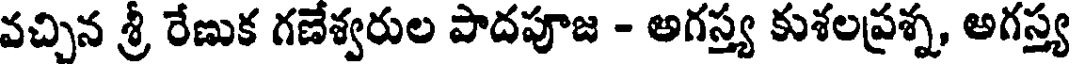
వచ్చిన శ్రీ రేణుక గణేశ్వరుల పాదపూజ - అగస్త్య కుశలప్రశ్న, అగస్త్య